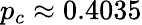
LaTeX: p_{c}\approx 0.4035